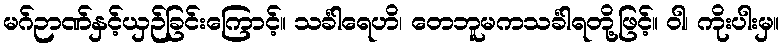
မဂ်ဉာဏ်နှင့်ယှဉ်ခြင်းကြောင့်။ သင်္ခါရေဟိ၊ တေဘူမကသင်္ခါရတို့ဖြင့်။ ဝါ၊ ကိုးပါးမှ။